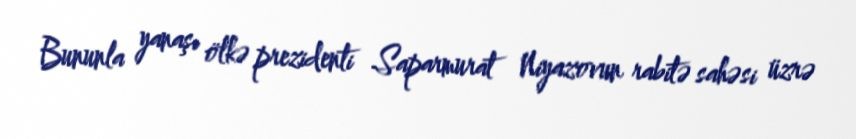
Bununla yanaşı ölkə prezidenti Saparmurat Niyazovun rabitə sahəsi üzrə